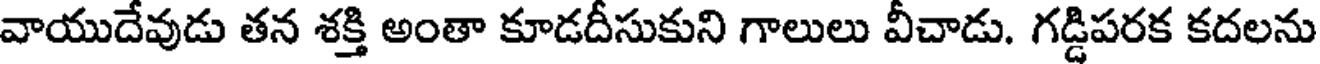
వాయుదేవుడు తన శక్తి అంతా కూడదీసుకుని గాలులు వీచాడు. గడ్డిపరక కదలను